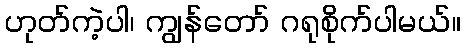
ဟုတ်ကဲ့ပါ၊ ကျွန်တော် ဂရုစိုက်ပါမယ်။